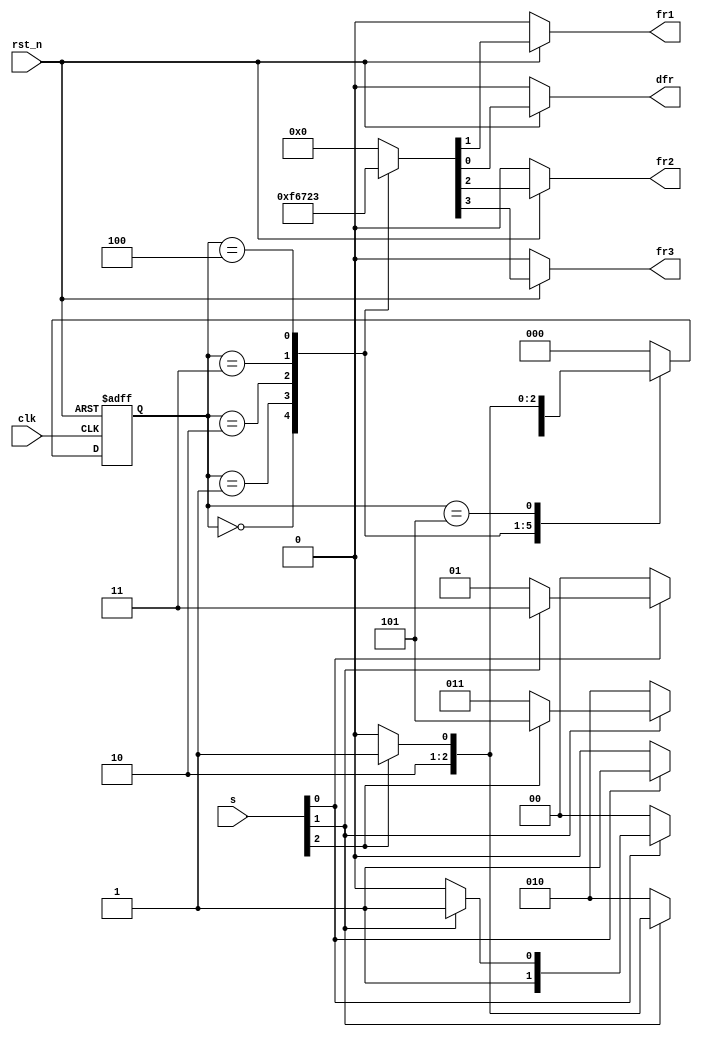
//-----------------------------------------------------------
// Creator : PeilinWu
// Function: water reservoir controller
//-----------------------------------------------------------

module top_module (
    input clk,
    input rst_n,
    input [3:1] s,
    output reg fr3,
    output reg fr2,
    output reg fr1,
    output reg dfr
);

parameter SB1   = 3'd0;
parameter S2A1B = 3'd1;
parameter S2A1A = 3'd2;
parameter S3A2B = 3'd3;
parameter S3A2A = 3'd4;
parameter SA3   = 3'd5;

reg [2:0] cur_state, next_state;

always @(posedge clk or negedge rst_n)
begin
    if (!rst_n)
        cur_state <= 3'b000;
    else
        cur_state <= next_state;
end

always@(*)
begin
    case (cur_state)
        SB1:    next_state = s[1] == 0 ? SB1   : S2A1B;
        S2A1B:  next_state = s[1] == 0 ? SB1   : (s[2] == 0 ? S2A1B : S3A2B);
        S2A1A:  next_state = s[1] == 0 ? SB1   : (s[2] == 0 ? S2A1A  : S3A2B);
        S3A2B:  next_state = s[2] == 0 ? S2A1A : (s[3] == 0 ? S3A2B : SA3);
        S3A2A:  next_state = s[2] == 0 ? S2A1A : (s[3] == 0 ? S3A2A  : SA3);
        SA3:    next_state = s[3] == 0 ? S3A2A : SA3;
        default: next_state = 3'b000;
    endcase
end

always@(*)
begin
    if (!rst_n)
        {fr3, fr2, fr1, dfr} = 4'b0000;
    else
    case (cur_state)
        SB1:     {fr3, fr2, fr1, dfr} = 4'b1111;
        S2A1B:   {fr3, fr2, fr1, dfr} = 4'b0110;
        S2A1A:   {fr3, fr2, fr1, dfr} = 4'b0111;
        S3A2B:   {fr3, fr2, fr1, dfr} = 4'b0010;
        S3A2A:   {fr3, fr2, fr1, dfr} = 4'b0011;
        SA3:     {fr3, fr2, fr1, dfr} = 4'b0000;
        default: {fr3, fr2, fr1, dfr} = 4'b0000;
    endcase
end

endmodule